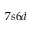
7 s 6 d